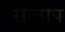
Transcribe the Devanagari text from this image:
सन्‍ताप